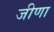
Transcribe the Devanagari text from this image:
जीणा